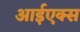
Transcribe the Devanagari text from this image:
आईएक्स